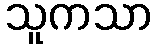
သူကသာ